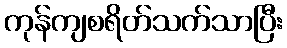
ကုန်ကျစရိတ်သက်သာပြီး